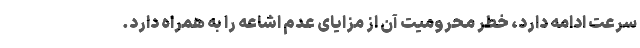
سرعت ادامه دارد، خطر محرومیت آن از مزایای عدم اشاعه را به همراه دارد.